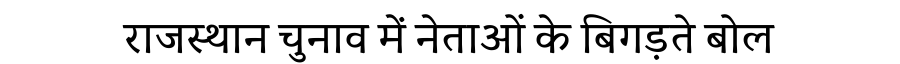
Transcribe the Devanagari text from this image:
राजस्थान चुनाव में नेताओं के बिगड़ते बोल